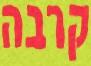
קרבה